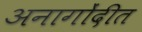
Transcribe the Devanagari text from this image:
अनागोंदीत